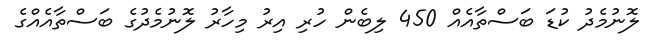
ލޮނުމެދު ކުޑަ ބަސްތާއެއް 450 ލިބެން ހުރި އިރު މިހާރު ލޮނުމެދުގެ ބަސްތާއެއްގެ